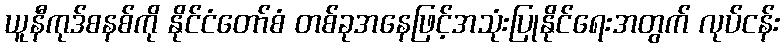
ယူနီကုဒ်စနစ်ကို နိုင်ငံတော်စံ တစ်ခုအနေဖြင့်အသုံးပြုနိုင်ရေးအတွက် လုပ်ငန်း